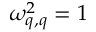
\omega _ { q , q } ^ { 2 } = 1